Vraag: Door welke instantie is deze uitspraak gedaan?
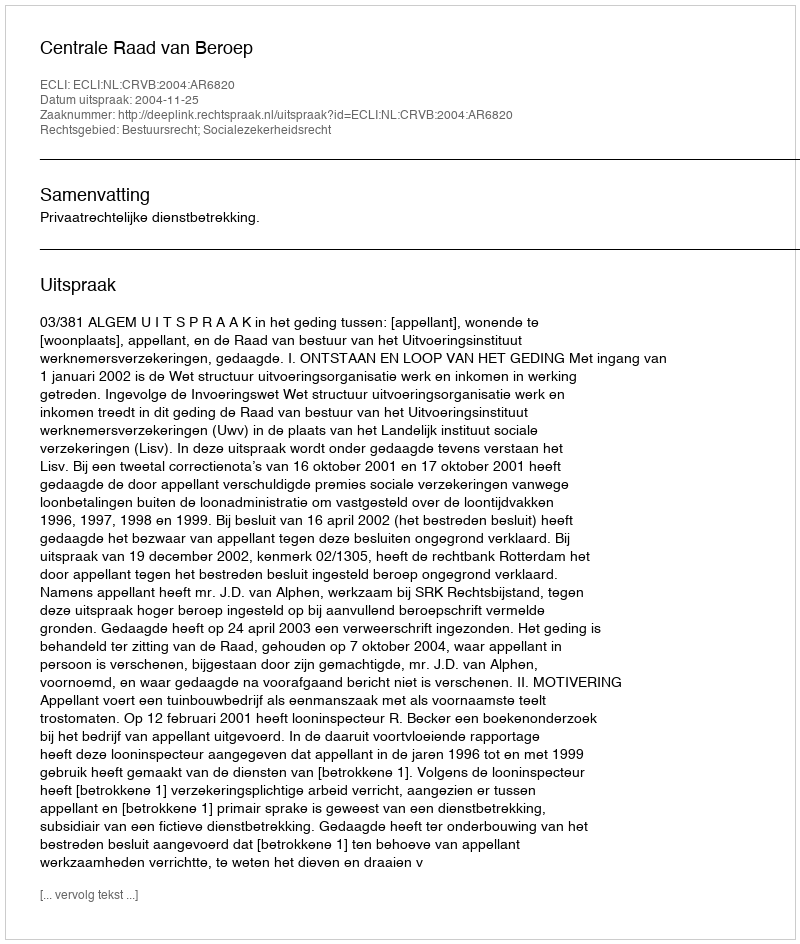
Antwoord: Centrale Raad van Beroep